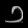
Digit: ၁